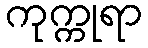
ကုက္ကုရာ